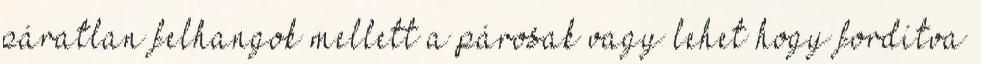
páratlan felhangok mellett a párosak vagy lehet hogy fordítva